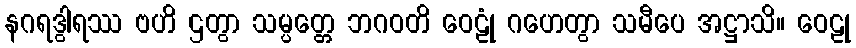
နဂရဒွါရဿ ဗဟိ ဌတွာ သမ္ပတ္တေ ဘဂဝတိ ဝေဠုံ ဂဟေတွာ သမီပေ အဋ္ဌာသိ။ ဝေဠု